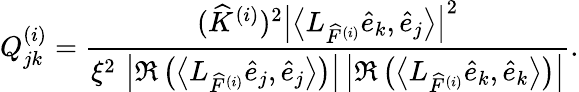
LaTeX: Q_{jk}^{(i)}=\frac{(\widehat{K}^{(i)})^{2}\left|\left\langle L_{\widehat{F}^{(i)}}\widehat{e}_{k},\widehat{e}_{j}\right\rangle\right|^{2}}{\xi^{2}\, \left|\Re\left(\left\langle L_{\widehat{F}^{(i)}}\widehat{e}_{j},\widehat{e}_{j}\right\rangle\right)\right|\left|\Re\left(\left\langle L_{\widehat{F}^{(i)}}\widehat{e}_{k},\widehat{e}_{k}\right\rangle\right)\right|}.